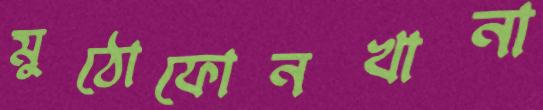
মুঠোফোনখানা